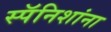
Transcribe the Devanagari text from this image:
स्पॅनिशांना